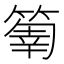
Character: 𥰬